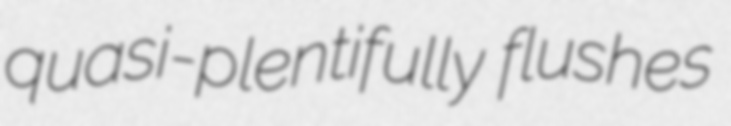
quasi-plentifully flushes